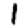
Digit: 1